Annual report of the Punjab Veterinary College and of the Civil Veterinary Department, Punjab - 1920-1925
Year: 1920
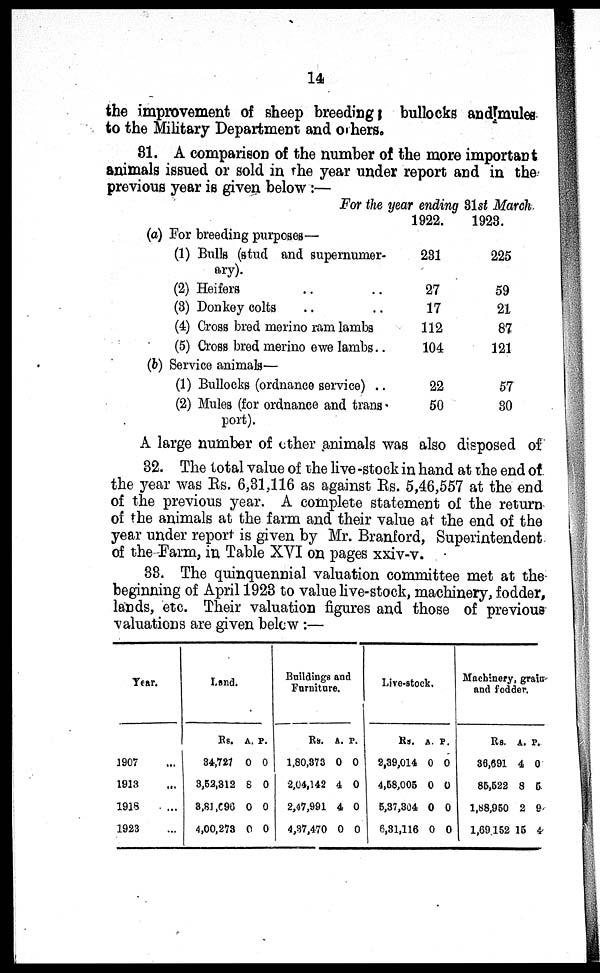
14
the improvement of sheep breedings bullocks and mules
to the Military Department and others.
81. A comparison of the number of the more important
animals issued or sold in the year under report and in the
previous year is given below : —
(a)
(b)
For the year ending 31st March
For breeding purposes—
(1) Bulls (stud and supernumer-
ary).
(2) Heifers .. ..
(3) Donkey colts .. ..
(4) Cross bred merino ram lambs
(5) Cross bred merino ewe lambs. .
Service animals—
(1) Bullocks (ordnance service) . .
(2) Mul es (for ordnance and trans-
port).
1922.
231
27
17
112
104
22
50
1923.
225
59
21
87
121
57
30
A large number of other animals was also disposed of
32. The total value of the live -stock in hand at the end of
the year was Rs. 6,31,116 as against Rs. 5,46,557 at the end
of the previous year. A complete statement of the return
of the animals at the farm and their value at the end of the
year under report is given by Mr. Branford, Superintendent
of the Farm, in Table XVI on pages xxiv-v.
33. The quinquennial valuation committee met at the
beginning of April 1923 to value live-stock, machinery, fodder,
lands, etc. Their valuation figures and those of previous
valuations are given below : —
Year.
1907 ...
1913 ...
1918 ...
1923 ...
Land.
Rs.
34, 727
3, 52, 312
3, 81, 096
4, 00, 273
A.
0
8
0
0
P.
0
0
0
0
Buildings and
Furniture.
Rs.
1, 80, 373
2, 04, 142
2, 47, 991
4, 37, 470
A.
0
4
4
0
P.
0
0
0
0
Li ve-st ock.
Rs.
2, 39, 014
4, 58, 005
5, 37, 304
6, 31, 116
A.
0
0
0
0
P.
0
0
0
0
Machinery, grain
and fodder.
Rs.
36, 691
85, 522
1, 88, 950
1, 69 152
A.
4
8
2
15
P.
0
5
9
4